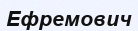
Ефремович